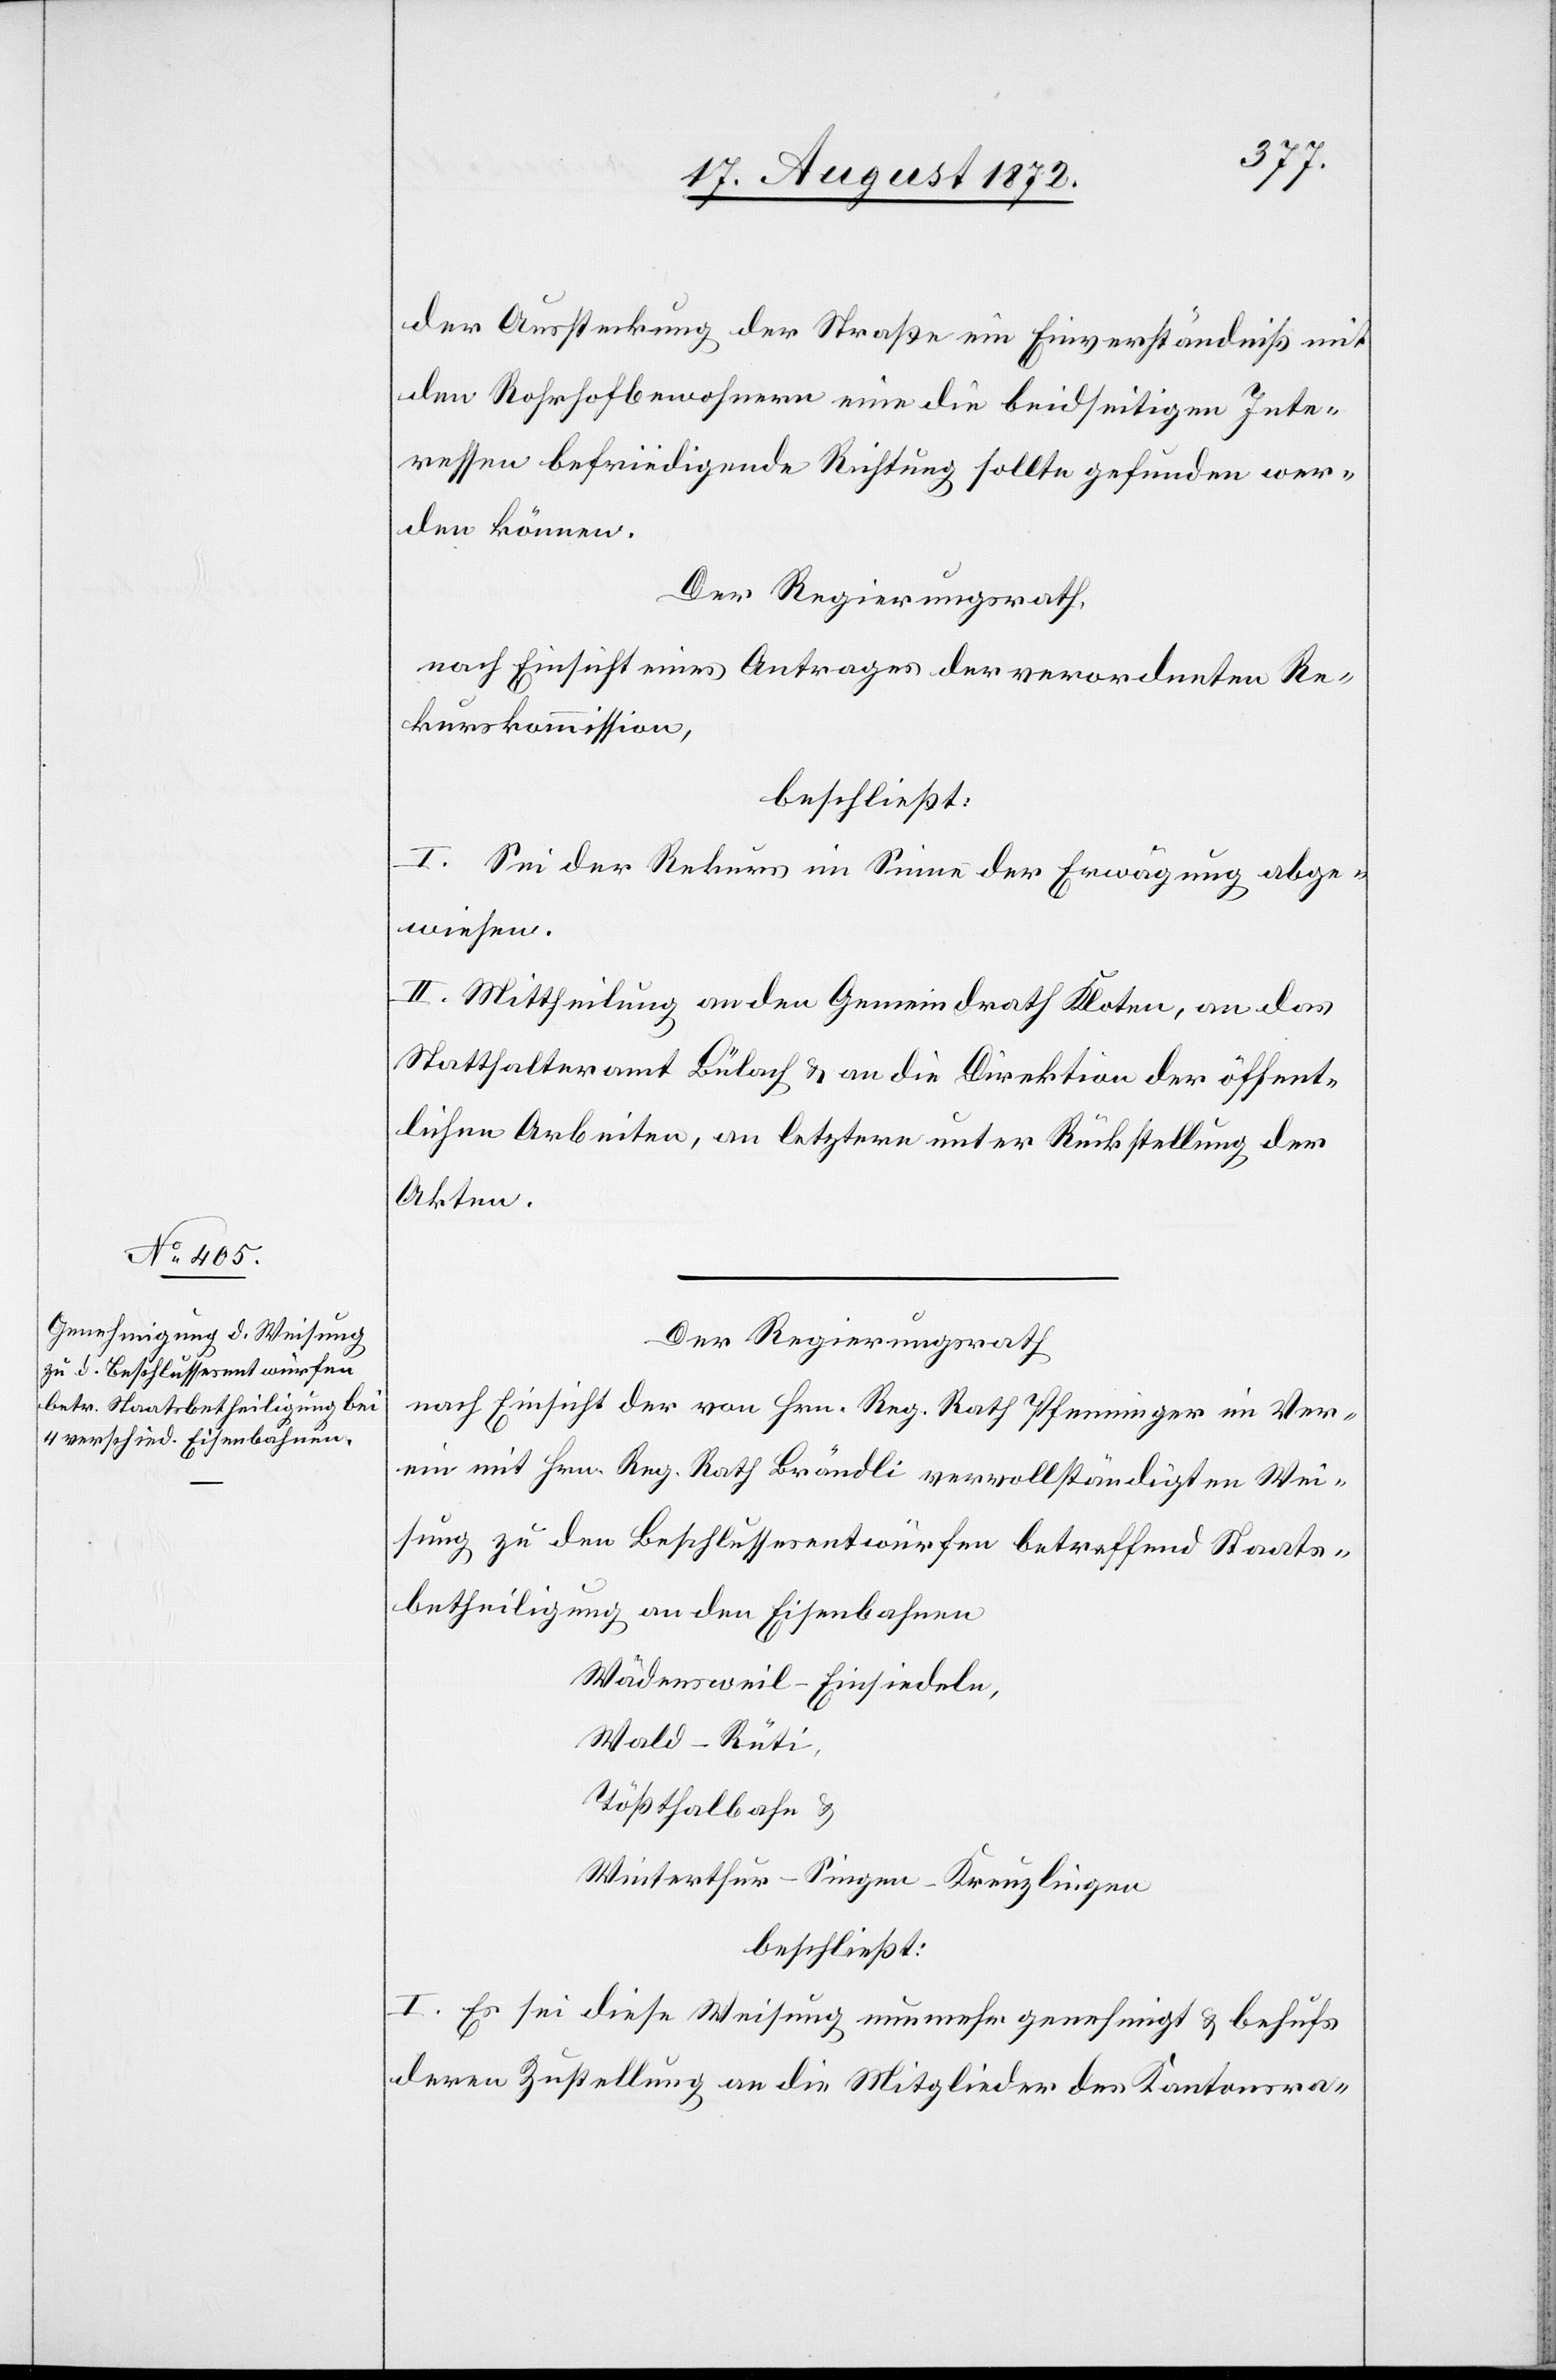
der Aussteckung der Straße ein Einverständniß mit
den Rohrhofbewohnern eine die beidseitigen Inte¬
ressen befriedigende Richtung sollte gefunden wer¬
den können.
Der Regierungsrath,
nach Einsicht eines Antrages der verordneten Re¬
kurskommission,
beschließt:
I. Sei der Rekurs im Sinne der Erwägung abge¬
wiesen.
II. Mittheilung an den Gemeindrath Kloten, an das
Statthalteramt Bülach u. an die Direktion der öffent¬
lichen Arbeiten, an letztere unter Rückstellung der
Akten.
Der Regierungsrath
nach Einsicht der von Hrn. Reg. Rath Pfenninger im Ver¬
ein mit Hrn. Reg. Rath Brändli vervollständigten Wei¬
sung zu den Beschlussesentwürfen betreffend Staats¬
betheiligung an den Eisenbahnen
Wädensweil–Einsiedeln,
Wald–Rüti,
Tößthalbahn u.
Winterthur–Singen–Kreuzlingen
beschließt:
I. Es sei diese Weisung nunmehr genehmigt u. behufs
deren Zustellung an die Mitglieder des Kantonsra-